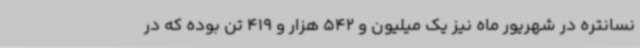
نسانتره در شهریور ماه نیز یک میلیون و 542 هزار و 419 تن بوده که در